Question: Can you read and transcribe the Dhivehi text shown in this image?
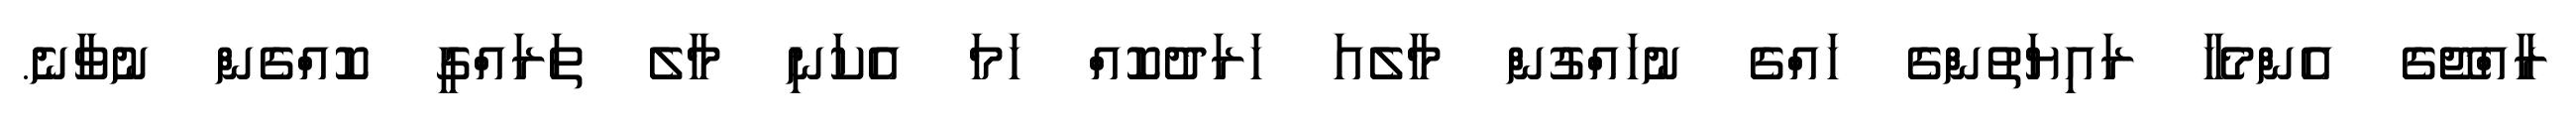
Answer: ރާއްޖޭގެ އެންމެހާ ރައިޔަތުންގެ ހައްގެ ނުހައްގުން މާލެއަ ހަރަދުކޮއް ހަމަ އެކަނި މާލެ ތަރައްގީ ކޮއްގެން ނުވާނެ.